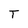
Character: T